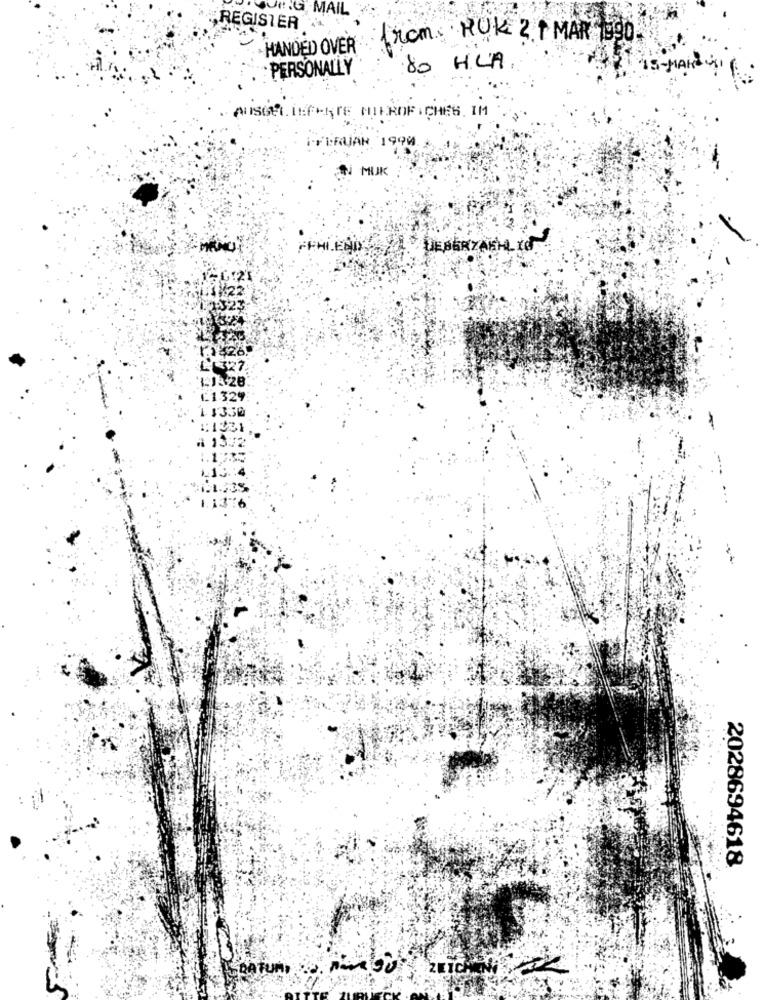
JAIL
„REGISTER
from ROK 2.1 MAR 1990
HANDED OVER
PERSONALLY
80 HLA.
AUSGELIEFERTE MIEROFICHES. IM
FFERJAN 1999
MUK
FEHLEND
UEBERZAKHLIO
LL327.
3513.28
£1329
1 $330
.13 :4
1.1.238
2028694618
DATUM